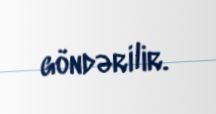
göndərilir.